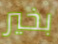
بخير